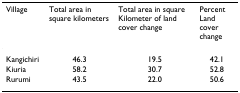
<table><thead><tr><td><b>Village</b></td><td><b>Total area in square kilometers</b></td><td><b>Total area in square Kilometer of land cover change</b></td><td><b>Percent Land cover change</b></td></tr></thead><tbody><tr><td>Kangichiri</td><td>46.3</td><td>19.5</td><td>42.1</td></tr><tr><td>Kiuria</td><td>58.2</td><td>30.7</td><td>52.8</td></tr><tr><td>Rurumi</td><td>43.5</td><td>22.0</td><td>50.6</td></tr></tbody></table>